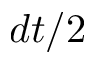
d t / 2